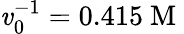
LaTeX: \mathit{v}_{0}^{-1}=0.415\mathrm{{~M~}}